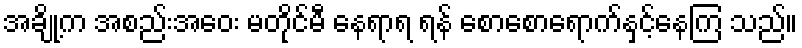
အချို့က အစည်းအေဝး မတိုင်မီ နေရာရ ရန် စောစောရောက်နှင့်နေကြ သည်။